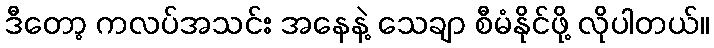
ဒီတော့ ကလပ်အသင်း အနေနဲ့ သေချာ စီမံနိုင်ဖို့ လိုပါတယ်။